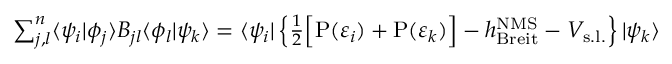
\begin{array} { r } { \sum _ { j , l } ^ { n } \langle \psi _ { i } | \phi _ { j } \rangle B _ { j l } \langle \phi _ { l } | \psi _ { k } \rangle = \langle \psi _ { i } | \left\{ \frac { 1 } { 2 } \Big [ \mathrm { P } ( \varepsilon _ { i } ) + \mathrm { P } ( \varepsilon _ { k } ) \Big ] - h _ { \mathrm { B r e i t } } ^ { \mathrm { N M S } } - V _ { \mathrm { s . l . } } \right\} | \psi _ { k } \rangle } \end{array}